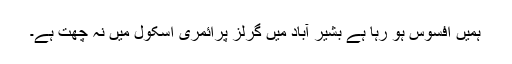
ہمیں افسوس ہو رہا ہے بشیر آباد میں گرلز پرائمری اسکول میں نہ چھت ہے۔